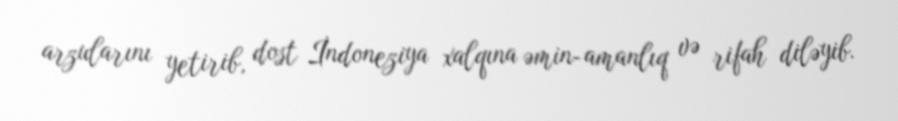
arzularını yetirib, dost İndoneziya xalqına əmin-amanlıq və rifah diləyib.